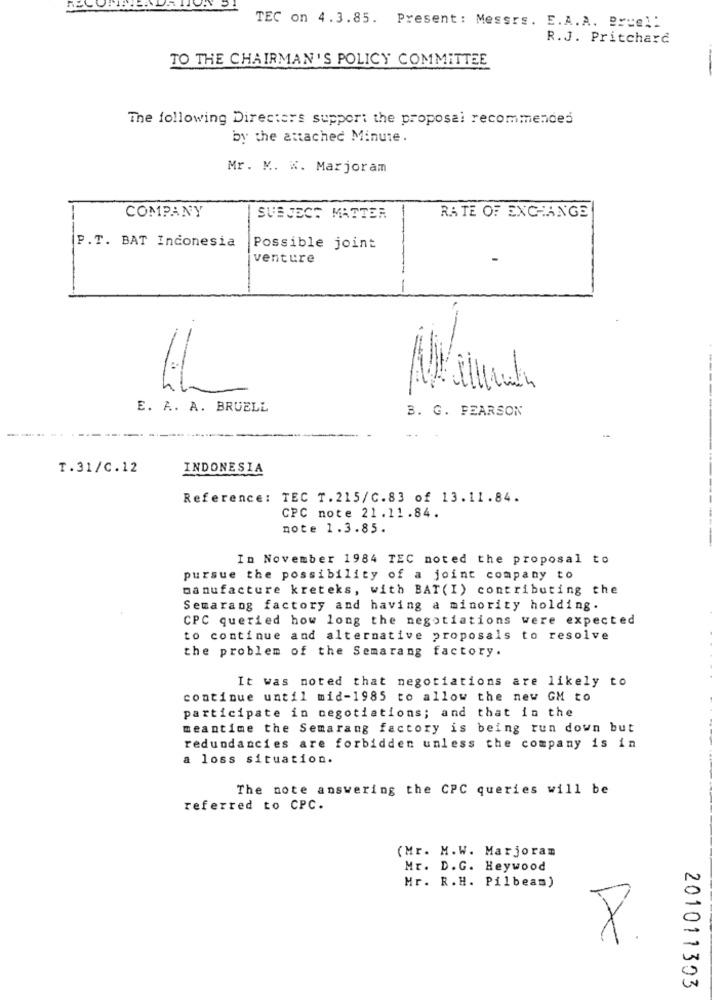
TEC on 4.3.85. Present: Messrs. E.A.A. Bruel:
R.J. Pritchard
TO THE CHAIRMAN'S POLICY COMMITTEE
The following Directers support the proposal recommendes
by the attached Minute.
Mr. M. W. Marjoram
COMPANY
SUBJECT MATTER
-
RATE OF EXCHANGE
P.T. BAT Indonesia
Possible joint
venture
-
E. A. A. BRUELL
B. G. PEARSON
T.31/C.12
INDONESIA
Reference: TEC T.215/C.83 of 13.11.84.
CPC note 21.11.84.
note 1.3.85.
In November 1984 TEC noted the proposal to
pursue the possibility of a joint company to
manufacture kreteks, with BAT (I) contributing the
Semarang factory and having a minority holding.
CPC queried how long the negotiations were expected
to continue and alternative proposals to resolve
the problem of the Semarang factory.
It was noted that negotiations are likely to
continue until mid-1985 to allow the new GM to
participate in negotiations; and that in the
meantime the Semarang factory is being run down but
redundancies are forbidden unless the company is in
a loss situation.
The note answering the CPC queries will be
referred to CPC.
(Mr. M.W. Marjoram
Mr. D.G. Heywood
Mr. R. H. Pilbeam)
×
201011303